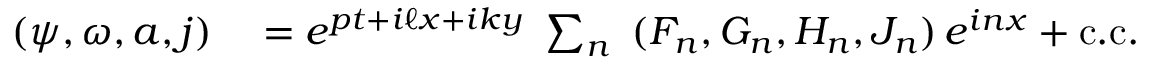
\begin{array} { r l } { ( \psi , \omega , a , j ) } & { { } = e ^ { p t + i \ell x + i k y } \, \, \sum _ { n } \, \, \, ( F _ { n } , G _ { n } , H _ { n } , J _ { n } ) \, e ^ { i n x } + \mathrm { c . c . } } \end{array}